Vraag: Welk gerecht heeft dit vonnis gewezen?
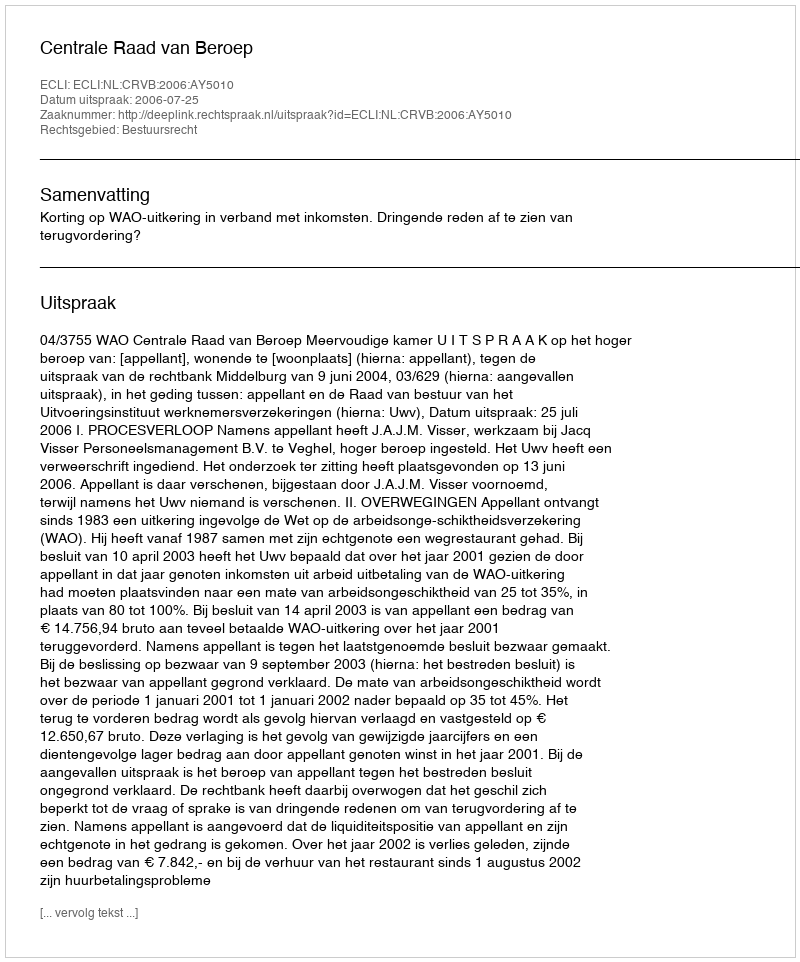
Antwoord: Centrale Raad van Beroep